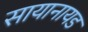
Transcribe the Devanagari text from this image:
सायानायड